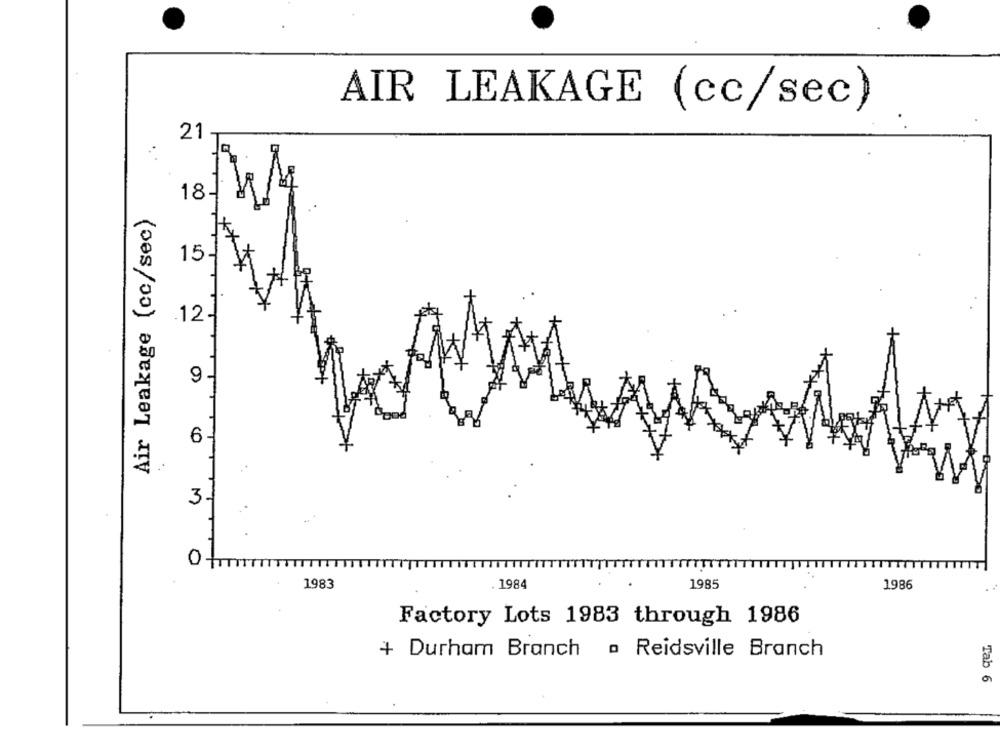
AIR LEAKAGE (cc/sec)
21
Air Leakage (cc/sec)
15-
.12-
9 -
6 -
3-
0
TTTTT
TTTTTTT
TITTTTTTTT
TTTT
1983
. 1984
1985
1986
Factory Lots 1983 through 1986
+ Durham Branch a Reidsville Branch
Tab 6